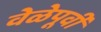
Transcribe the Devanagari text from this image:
वेळेपूर्वी